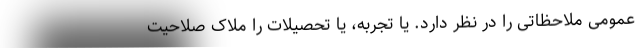
عمومی ملاحظاتی را در نظر دارد. یا تجربه، یا تحصیلات را ملاک صلاحیت